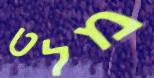
מלט